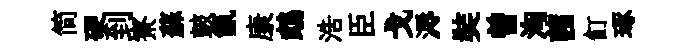
简硬到寮蘇皷氤康鵡浩臣戈溽奘曽洶茜飣琢